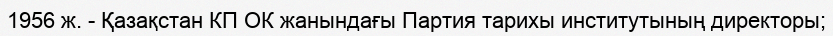
1956 ж. - Қазақстан КП ОК жанындағы Партия тарихы институтының директоры;